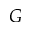
G